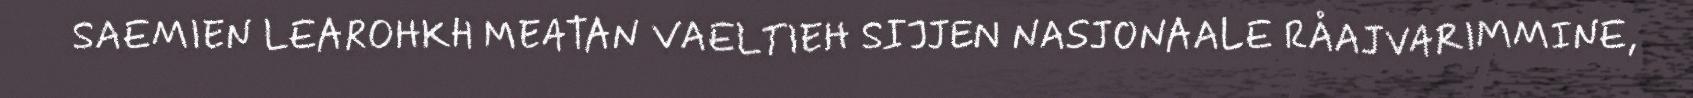
SAEMIEN LEAROHKH MEATAN VAELTIEH SIJJEN NASJONAALE RÅAJVARIMMINE,